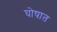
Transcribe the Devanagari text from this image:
घोषात